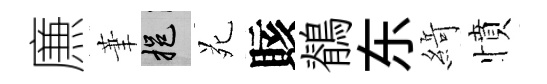
㢘茟挹苑賅鶺东𦂶憤